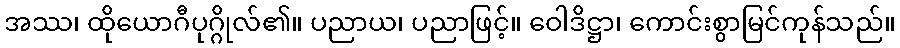
အဿ၊ ထိုယောဂီပုဂ္ဂိုလ်၏။ ပညာယ၊ ပညာဖြင့်။ ဝေါဒိဋ္ဌာ၊ ကောင်းစွာမြင်ကုန်သည်။